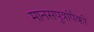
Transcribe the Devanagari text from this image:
मानसपुत्रांपैकी